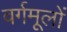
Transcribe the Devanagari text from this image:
वर्गमूलों